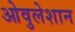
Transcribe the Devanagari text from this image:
ओवुलेशान